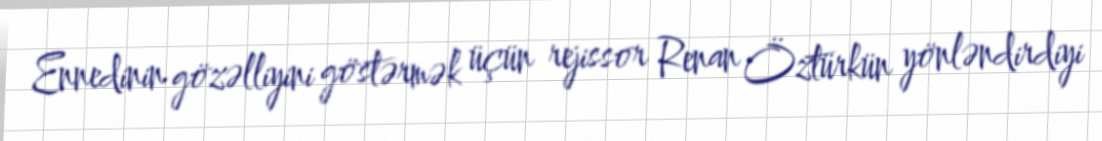
Ennedinin gözəlliyini göstərmək üçün rejissor Renan Öztürkün yönləndirdiyi